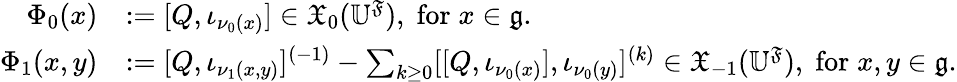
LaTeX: \begin{array}{rl}{\Phi_{0}(x)}&{:=[Q,\iota_{\nu_{0}(x)}]\in\mathfrak{X}_{0}(\mathbb{U}^{\mathfrak F}),\; \mathrm{for}\; x\in\mathfrak g.}\\ {\Phi_{1}(x,y)}&{:=[Q,\iota_{\nu_{1}(x,y)}]^{(-1)}-\sum_{k\geq 0}[[Q,\iota_{\nu_{0}(x)}],\iota_{\nu_{0}(y)}]^{(k)}\in\mathfrak{X}_{-1}(\mathbb{U}^{\mathfrak F}),\; \mathrm{for}\; x,y\in\mathfrak g.}\end{array}